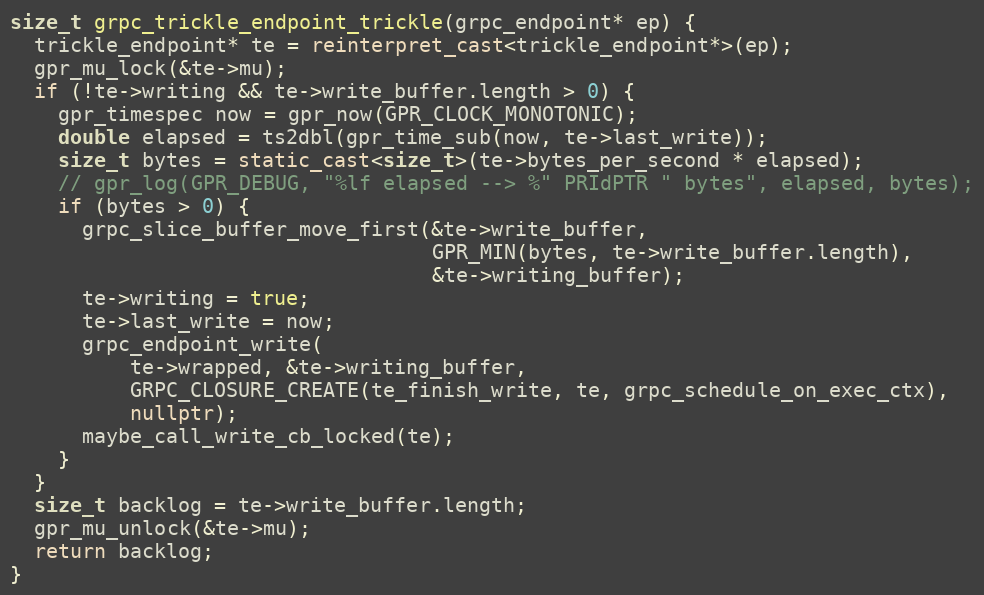
Language: C++
size_t grpc_trickle_endpoint_trickle(grpc_endpoint* ep) {
  trickle_endpoint* te = reinterpret_cast<trickle_endpoint*>(ep);
  gpr_mu_lock(&te->mu);
  if (!te->writing && te->write_buffer.length > 0) {
    gpr_timespec now = gpr_now(GPR_CLOCK_MONOTONIC);
    double elapsed = ts2dbl(gpr_time_sub(now, te->last_write));
    size_t bytes = static_cast<size_t>(te->bytes_per_second * elapsed);
    // gpr_log(GPR_DEBUG, "%lf elapsed --> %" PRIdPTR " bytes", elapsed, bytes);
    if (bytes > 0) {
      grpc_slice_buffer_move_first(&te->write_buffer,
                                   GPR_MIN(bytes, te->write_buffer.length),
                                   &te->writing_buffer);
      te->writing = true;
      te->last_write = now;
      grpc_endpoint_write(
          te->wrapped, &te->writing_buffer,
          GRPC_CLOSURE_CREATE(te_finish_write, te, grpc_schedule_on_exec_ctx),
          nullptr);
      maybe_call_write_cb_locked(te);
    }
  }
  size_t backlog = te->write_buffer.length;
  gpr_mu_unlock(&te->mu);
  return backlog;
}